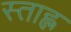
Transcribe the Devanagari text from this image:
स्ताह्ल